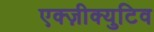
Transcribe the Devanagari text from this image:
एक्ज़ीक्युटिव